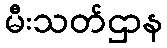
မီးသတ်ဌာန